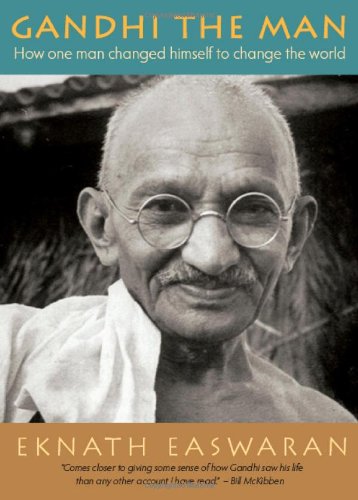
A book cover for Gandhi the Man: How One Man Changed Himself to Change the World; Eknath Easwaran; Biographies & Memoirs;